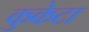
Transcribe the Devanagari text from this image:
कुकेटा